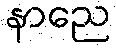
နာညေ